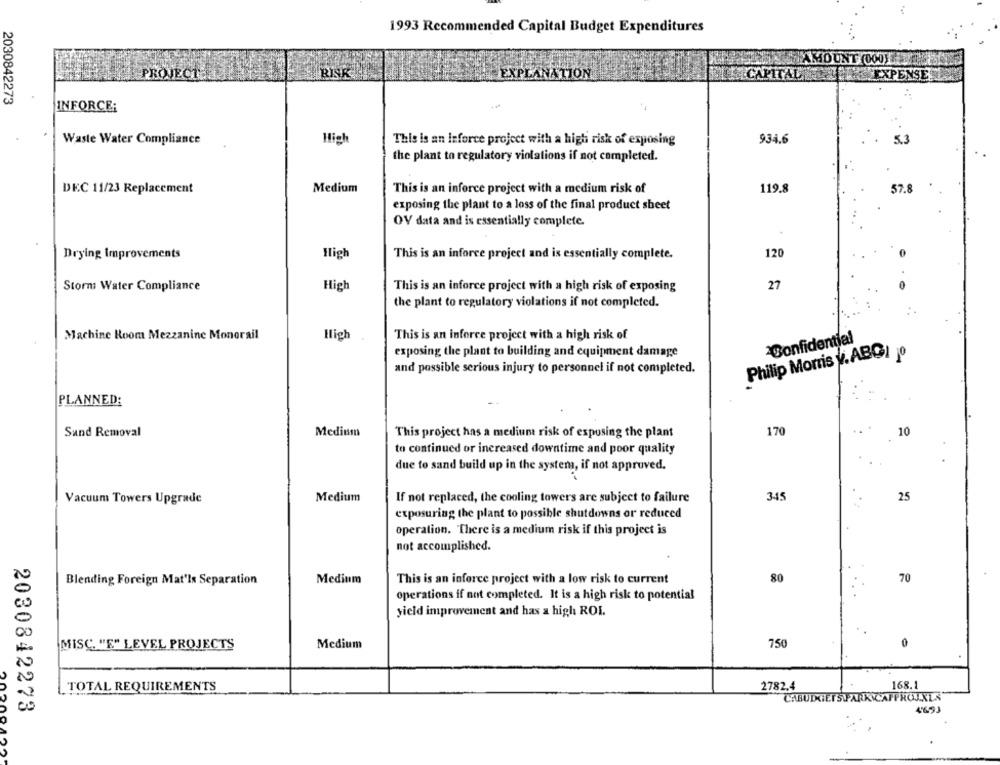
1993 Recommended Capital Budget Expenditures
AMOUNT (OOUT.
PROJECT
EXPLANATION
ECAPITAL EXPENSE
2030842273
INFORCE:
Waste Water Compliance
High
This is an Inforce project with a high risk of exposing
934.6
5.3
the plant to regulatory violations if not completed.
DEC 11/23 Replacement
Medium
This is an inforce project with a medium risk of
119.8
57.8
exposing the plant to a loss of the final product sheet
OV data and is essentially complete.
Drying Improvements
High
This is an inforce project and is essentially complete.
120
Storm Water Compliance
High
This is an inforce project with a high risk of exposing
27
the plant to regulatory violations if not completed.
Machine Room Mezzanine Monorail
High
This is an inforce project with a high risk of
Confidential
exposing the plant to building and equipment damage
Philip Morris V. ABGI jº
and possible serious injury to personnel if not completed.
PLANNED:
Sand Removal
Medium
This project has a medium risk of expusing the plant
170
10
to continued or increased downtime and poor quality
due to sand build up in the systema, if not approved.
Medium
345
25
Vacuum Towers Upgrade
If not replaced, the cooling towers are subject to failure
exposuring the plant to possible shutdowns or reduced
operation. There is a medium risk if this project is
not accomplished.
Blending Foreign Mat'Is Separation
Medium
This is an inforce project with a low risk to current
80
70
operations if not completed. It is a high risk to potential
yield improvement and has a high ROL.
750
MISC. "E" LEVEL PROJECTS
Medium
TOTAL REQUIREMENTS
2782.4
168.1
CABUDGET SPARKYAPPROJXLA
2030842273
4693